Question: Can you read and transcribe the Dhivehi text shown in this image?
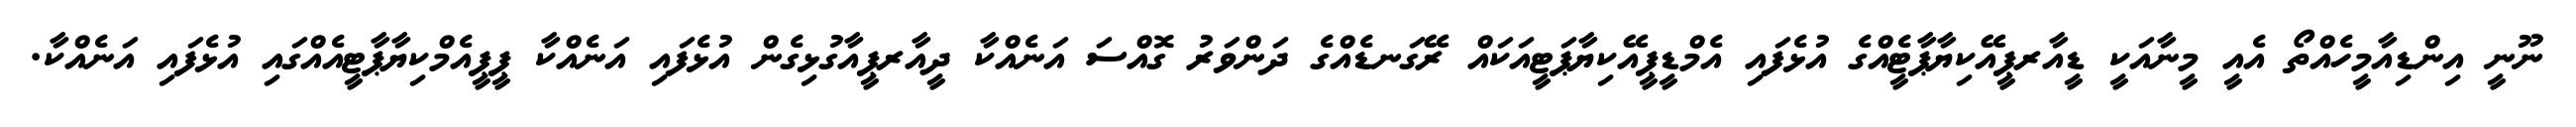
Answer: ނޫނީ އިންޑިއާމީހެއްތޯ އެއީ މީނާއަކީ ޑީއާރޕީއޭކިޔާޕާޓީެއްގެ އުޅެފައި އެމްޑީޕީއޭކިޔާޕަޓީއަކައް ރޭގަނޑެއްގެ ދަންވަރު ގޮއްސަ އަނެއްކާ ދީއާރޕީއާގުޅިގެން އުޅެފައި އަނެއްކާ ޕީޕީއެމްކިޔާޕާޓީއެއްގައި އުޅެފައި އަނެއްކާ.